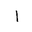
Letter: _alif